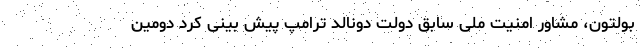
بولتون، مشاور امنیت ملی سابق دولت دونالد ترامپ پیش بینی کرد دومین